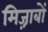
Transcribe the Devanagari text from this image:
मिज़्राबों